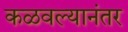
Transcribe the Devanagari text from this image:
कळवल्यानंतर